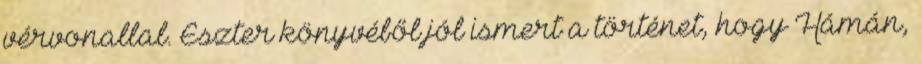
vérvonallal. Eszter könyvéből jól ismert a történet, hogy Hámán,